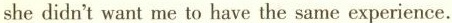
she didn't want me to have the same experience.